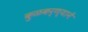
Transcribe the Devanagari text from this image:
कुळकर्ण्यानें